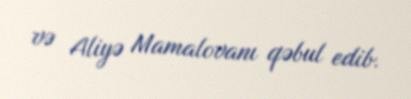
və Aliyə Mamalovanı qəbul edib.